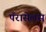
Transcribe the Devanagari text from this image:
पॅरासेलस